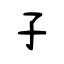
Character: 子